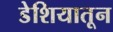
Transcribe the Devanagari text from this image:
डेशियातून